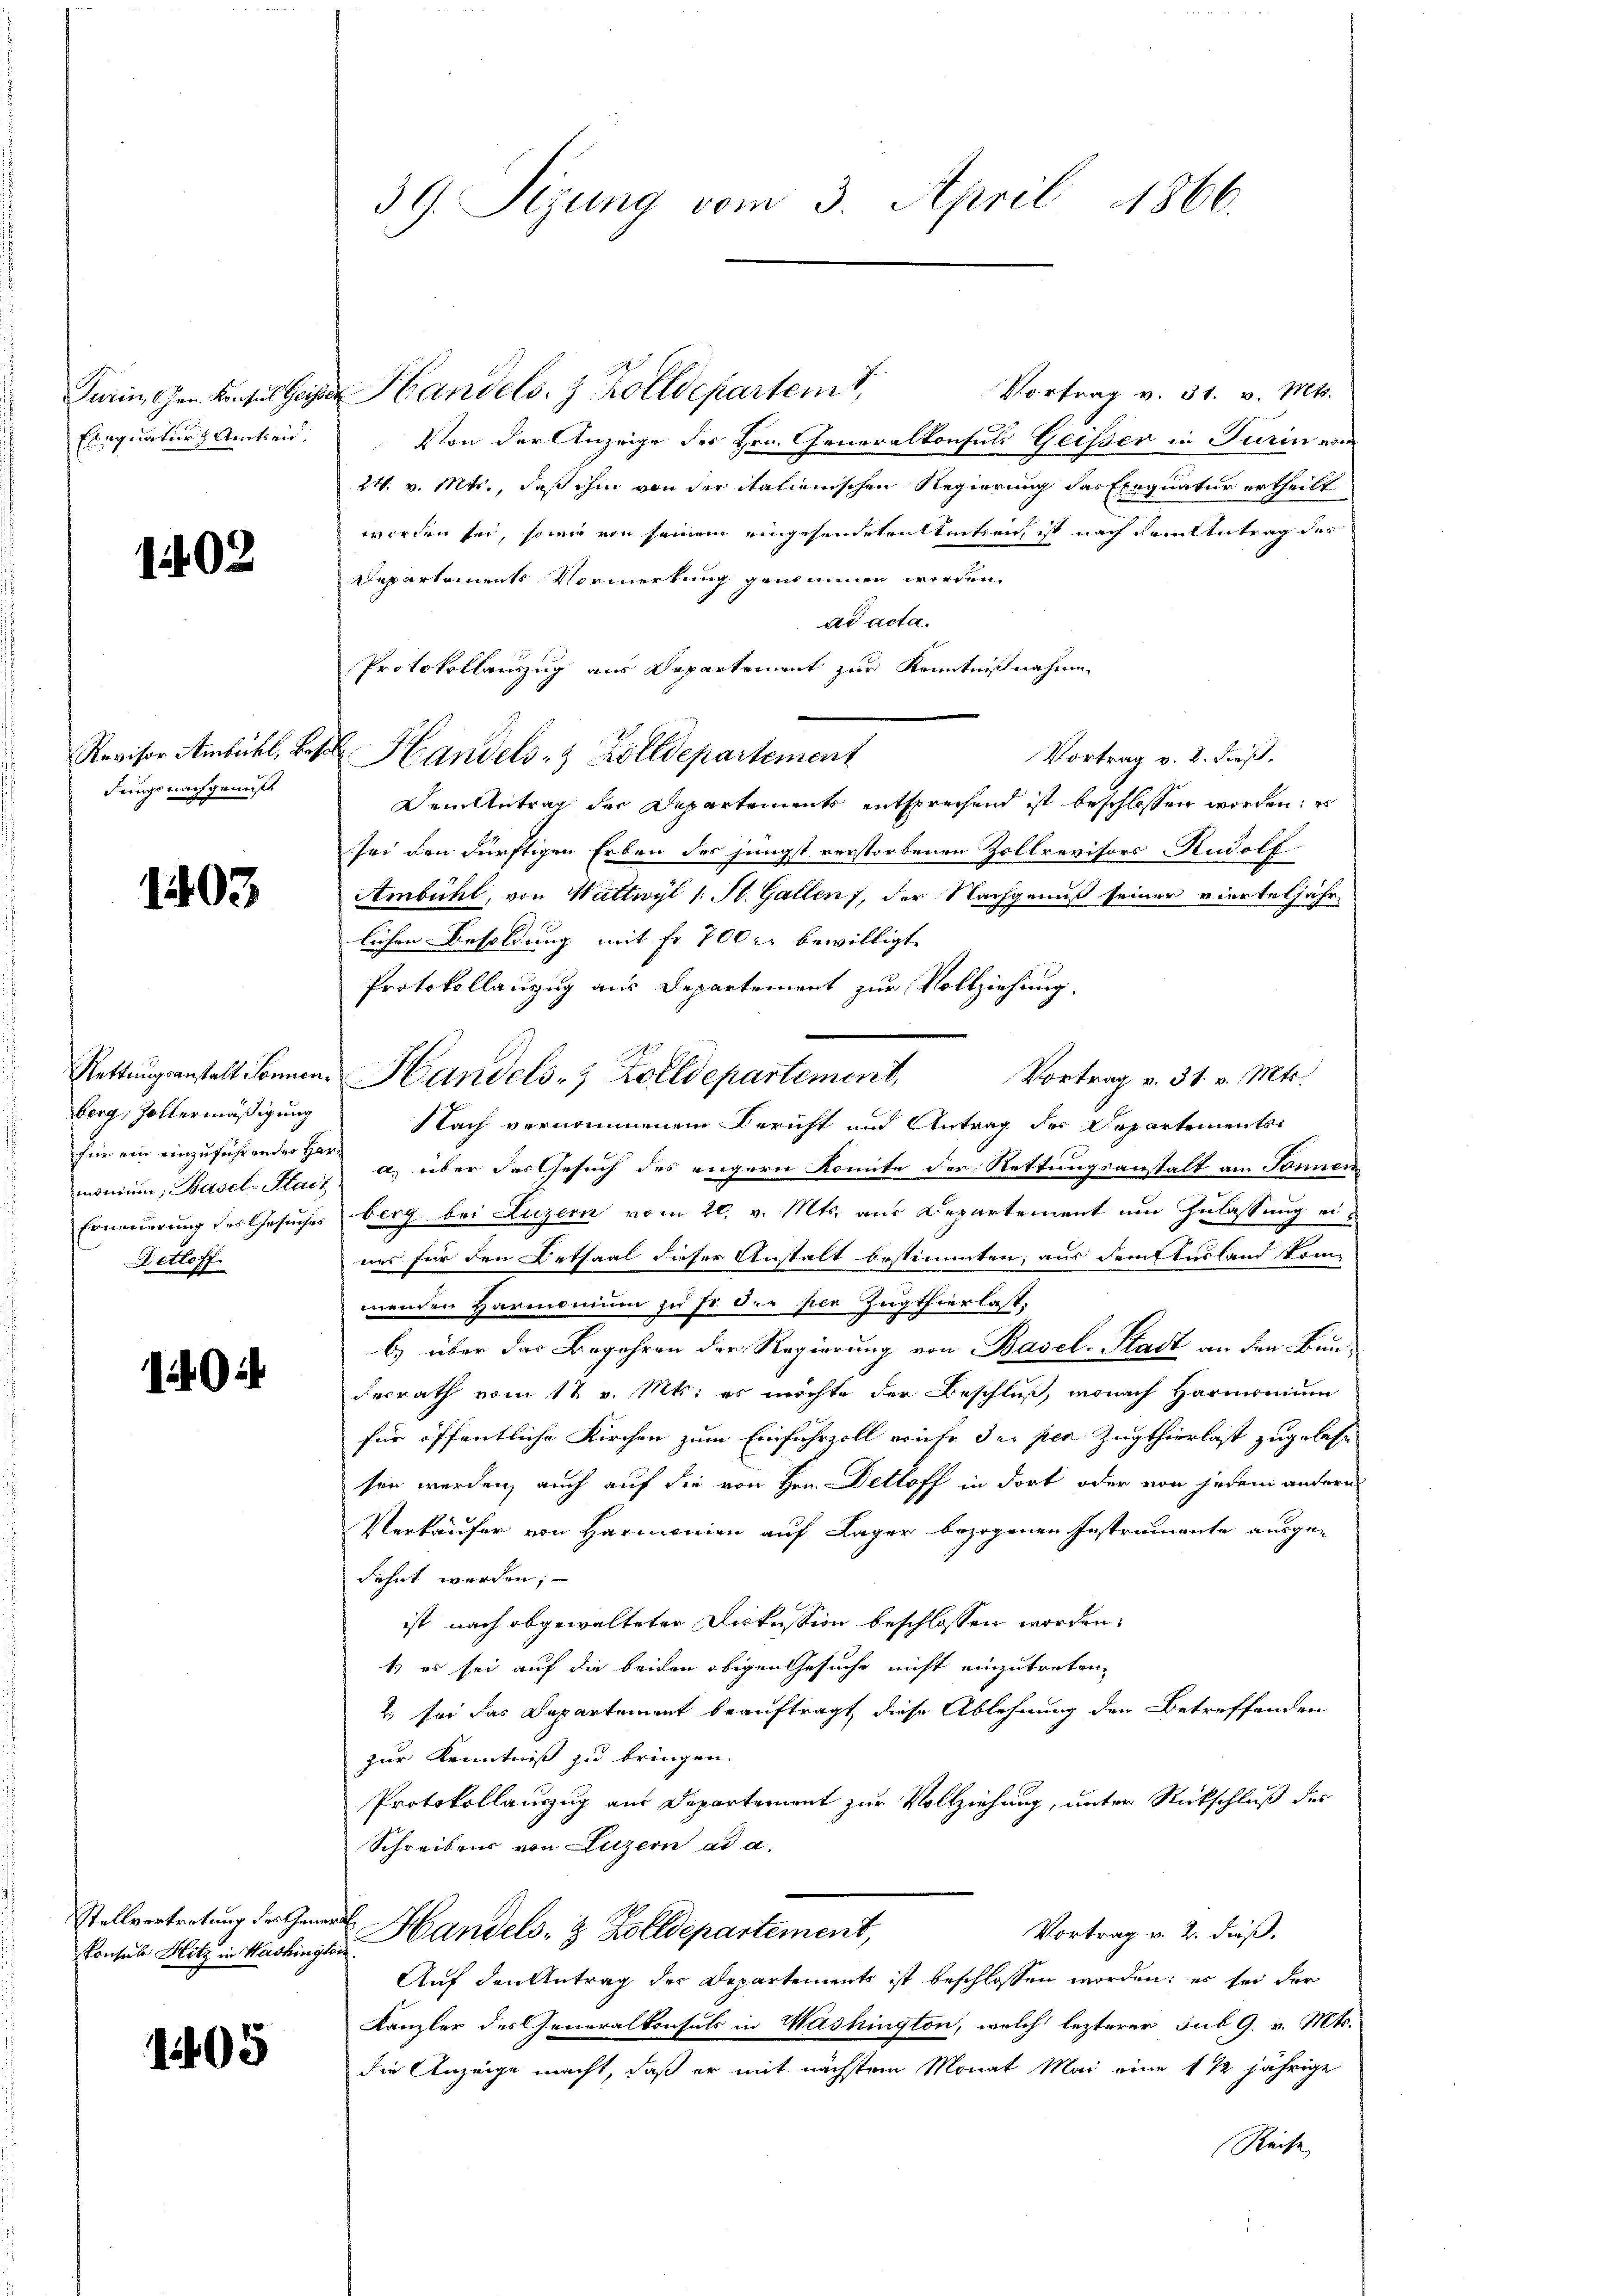
Exequatur & Amtseid.

1402

fings nachgemest

1403

berg, Zollermäßigung
monium, Basel-Stadt
Detloff

1402

Vortrag v. 31. v. Mts.
Farin den Konsul Heise Handels. z. Kolldepartemt,
Von der Anzeige des Hrn. Generalkonsuls Geisser in Turin vom
24. v. Mts., daß ihm von der italienischen Regierung das Exequatur ertheilt
worden sei, sowie von seinem eingesendeterittirten, ist nach dem Antrag des
Departements Vormerkung genommen werden.
ad acta.
Protokollauszug aus Departement zur Kenntnißnahme
Revisor Ambühl, Bote Handels- & Zolldepartement
Vortrag v. 2. dieß.
Dem Antrag der Departements entsprechend ist beschlossen worden; es
sei den dürftigen Erben des jüngst verstorbenen Zollrevisors Rudolf
Ambühl, von Wattwyl (: St. Gallen, der Nachgenuß seiner vierteljährlichen Besoldung mit Fr. 700 r. bewilligt.
Protokollauzug aus Departement zur Vollziehung.
Rettungsanstalt Sonnen. Handels- & Zolldepartement,
Vortrag v. 31. v. Mts.
Nach vernommenen Bericht und Antrag der Departements
für ein einzuführender a u. über das Gesuch des engern Komite der Rettungsanstalt am Sonnen
Erneuerung des Gesuches berg bei Luzern vom 20. v. Mts. aus Departement um Zulassung eiues für den Bethaal dieser Anstalt bestimmten, aus deichterland kommenden Harmonium zu so die per Zugthierlast.
b) über das Begehren der Regierung von Basel-Stadt an den Baudesrath vom 12 v. Mts. es möchte der Beschluß, wonach Harmonium
für öffentliche Kirchen zum Einfuhrzoll reiche der per Zugthierlast zugelasse
sen werden, auch auf die von Hrn. Detloff in dort oder von jedem andern
Verkäufer von Harmonien auf Lager bezogenen Instrumente ausge-
fohnt werden;
ist nach abgewalteten Diskussion beschlossen worden.
1) es sei auf die beiden obigen Gesuche nicht einzutreten,
, sei das Departement beauftragt, diese Ablehnung den Betreffenden
zur Kenntniß zu bringen.
Protokollauszug aus Departement zur Vollziehung, unter Rückschluß des
Schreibens von Luzern ad a.
Vortrag v. 2. dieß.
Handels- & Zolldepartement,
Auf den Antrag der Departements ist beschlossen worden; es sei der
Kanzler des Generalkonsuls in Washington, welch’ lezterer sub. G. v. Mts.
die Anzeige macht, daß er mit nächstem Monat Mai eine 1 1/2 jährige
Reise

Stellvertretung des Genera
konsul Hitz in Washington

1405

39. Sizung vom 3. April 1866.